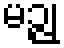
မဉ္ဇု